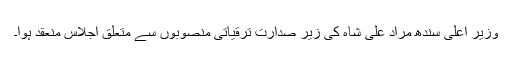
وزیرِ اعلیٰ سندھ مراد علی شاہ کی زیرِ صدارت ترقیاتی منصوبوں سے متعلق اجلاس منعقد ہوا۔